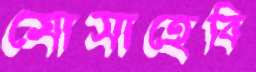
মোসাহেবি